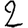
Digit: 2